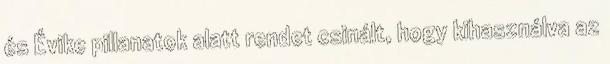
és Évike pillanatok alatt rendet csinált, hogy kihasználva az